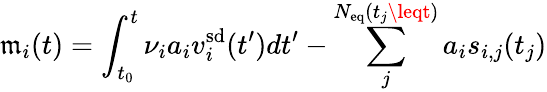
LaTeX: \mathfrak{m}_{i}(t)=\int_{t_{0}}^{t}\nu_{i}a_{i}v_{i}^{\mathrm{{sd}}}(t^{\prime})dt^{\prime}-\sum_{j}^{N_{\mathrm{{eq}}}(t_{j}\leqt)}a_{i}s_{i,j}(t_{j})